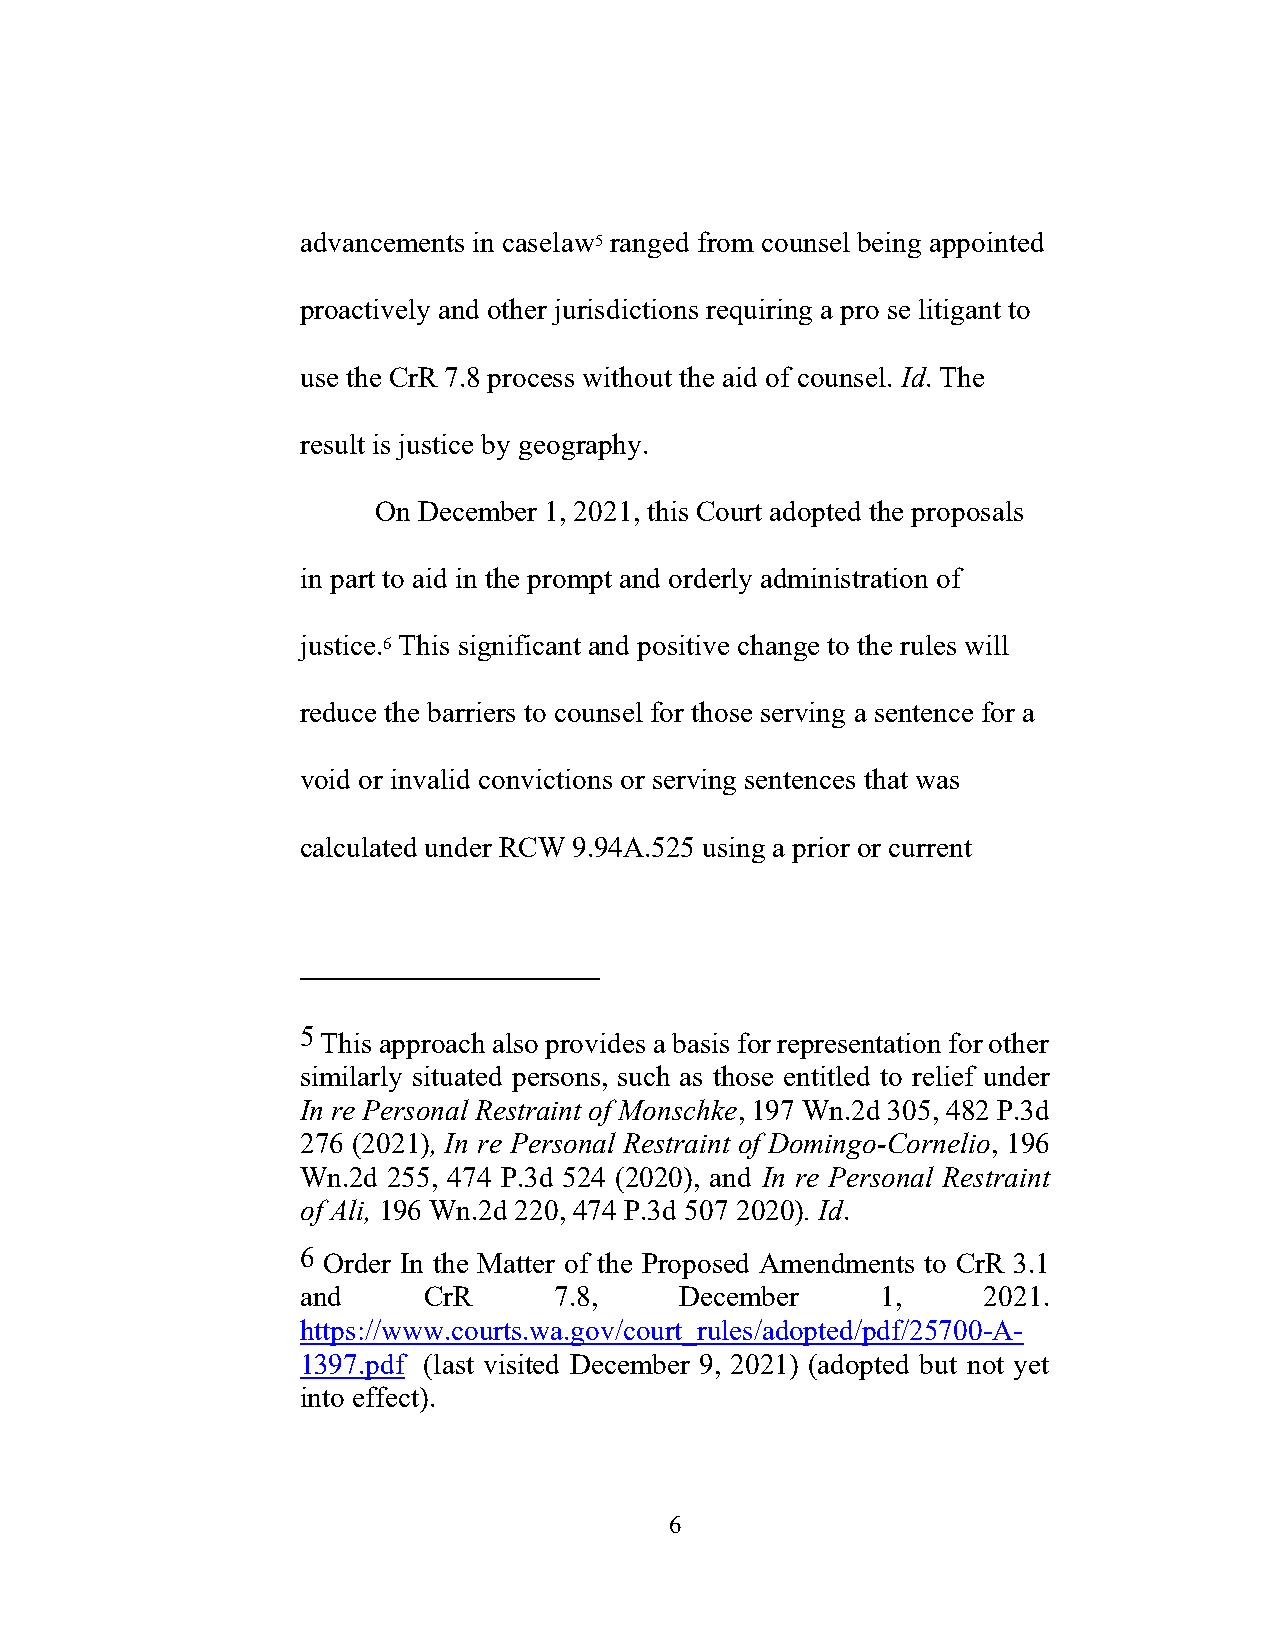
advancements in caselaw5 ranged from counsel being appointed
 proactively and other jurisdictions requiring a pro se litigant to
 use the CrR 7.8 process without the aid of counsel. Id. The
 result is justice by geography.
 On December 1, 2021, this Court adopted the proposals
 in part to aid in the prompt and orderly administration of
 justice.6 This significant and positive change to the rules will
 reduce the barriers to counsel for those serving a sentence for a
 void or invalid convictions or serving sentences that was
 calculated under RCW 9.94A.525 using a prior or current
 5 This approach also provides a basis for representation for other
 similarly situated persons, such as those entitled to relief under
 In re Personal Restraint of Monschke, 197 Wn.2d 305, 482 P.3d
 276 (2021), In re Personal Restraint of Domingo-Cornelio, 196
 Wn.2d 255, 474 P.3d 524 (2020), and In re Personal Restraint
 of Ali, 196 Wn.2d 220, 474 P.3d 507 2020). Id.
 6 Order In the Matter of the Proposed Amendments to CrR 3.1
 and     CrR      7.8,    December     1,     2021.
 https://www.courts.wa.gov/court_rules/adopted/pdf/25700-A-
 1397.pdf (last visited December 9, 2021) (adopted but not yet
 into effect).
 6